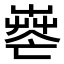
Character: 𦱺